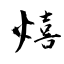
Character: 熺